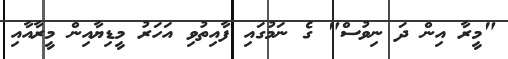
"މީރާ އިން ދަ ނިވުސް" ގެ ނަމުގައި ފާއިތުވި އަހަރު މީޑިޔާއިން މީރާއާއި